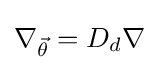
\nabla _{\vec {\theta }}=D_{d}\nabla